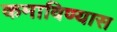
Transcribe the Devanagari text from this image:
कमाविण्यास